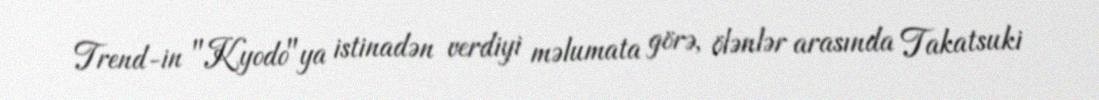
Trend-in "Kyodo"ya istinadən verdiyi məlumata görə, ölənlər arasında Takatsuki